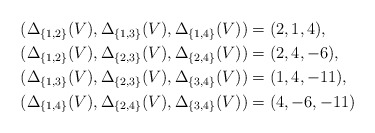
\begin{align*}& (\Delta_{\{1,2\}}(V), \Delta_{\{1,3\}}(V), \Delta_{\{1,4\}}(V)) = (2, 1, 4), \\& (\Delta_{\{1,2\}}(V), \Delta_{\{2,3\}}(V), \Delta_{\{2,4\}}(V)) = (2, 4, -6), \\& (\Delta_{\{1,3\}}(V), \Delta_{\{2,3\}}(V), \Delta_{\{3,4\}}(V)) = (1, 4, -11), \\& (\Delta_{\{1,4\}}(V), \Delta_{\{2,4\}}(V), \Delta_{\{3,4\}}(V)) = (4, -6, -11)\end{align*}